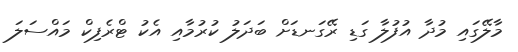
މާލޭގައި މުދާ އުފުލާ ގަޑި ރޭގަނޑަށް ބަދަލު ކުރުމާއި އެކު ޓްރެފިކް މައްސަލަ